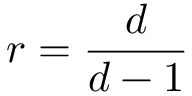
r = \frac { d } { d - 1 }